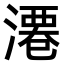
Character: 𣻝